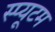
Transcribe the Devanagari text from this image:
स्प्यूटम